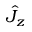
\hat { J } _ { z }